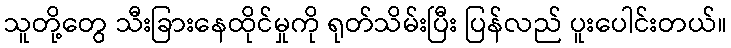
သူတို့တွေ သီးခြားနေထိုင်မှုကို ရုတ်သိမ်းပြီး ပြန်လည် ပူးပေါင်းတယ်။